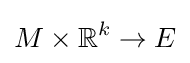
M\times \mathbb {R} ^{k}\to E